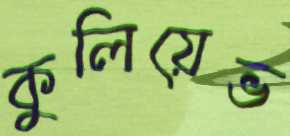
কুলিয়েভ